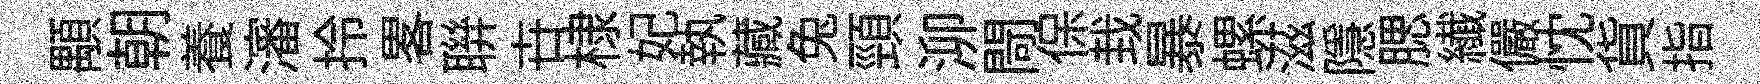
顒朝養瀋拎畧聨卋棣妃執藏兔頸泖閜保㘽暴螺滋隱腮纎儼忱貨指